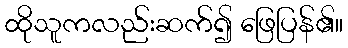
ထိုသူကလည်းဆက်၍ ဖြေပြန်၏။